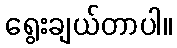
ရွေးချယ်တာပါ။